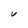
Character: V